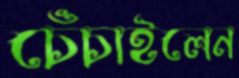
চেঁচাইলেন